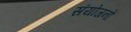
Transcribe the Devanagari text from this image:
संयोजनो